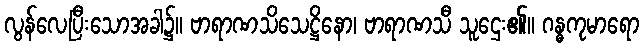
လွန်လေပြီးသောအခါ၌။ ဗာရာဏသိသေဋ္ဌိနော၊ ဗာရာဏသီ သူဌေး၏။ ဂန္ဓကုမာရော